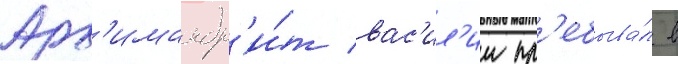
Арх'имандр'и́т вас'ил'ии пр'ебыва́л в